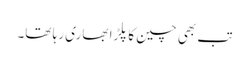
تب بھی چین کا پلڑا بھاری رہا تھا۔